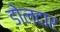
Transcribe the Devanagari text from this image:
डोलदार